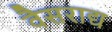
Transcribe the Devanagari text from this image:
वैसराद्य